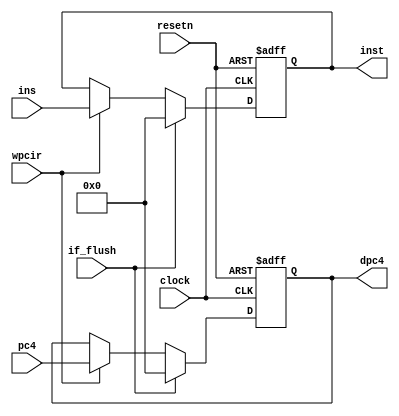
module pipeir (pc4,ins,wpcir,clock,resetn,dpc4,inst,if_flush); 
    
   input  [31:0] pc4,ins;
   input         wpcir,clock,resetn,if_flush;
   
   output [31:0] dpc4,inst;
   
   reg    [31:0] dpc4,inst;
	
   always @ (negedge resetn or posedge clock)
      if (resetn == 0)
         begin
            dpc4 <= 0;
            inst <= 0;          
         end 
      else if (if_flush == 1)
         begin
            dpc4 <= 0;
            inst <= 0;          
         end 
      else if (wpcir == 1) 
         begin 
            dpc4 <= pc4;
            inst <= ins;
         end
      

endmodule